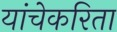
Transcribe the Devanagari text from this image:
यांचेकरिता